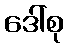
ဒေါ်စု